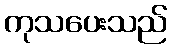
ကုသပေးသည်